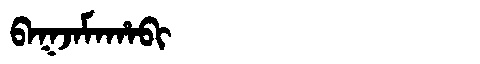
Manchu: ᠪᠠᡴᠵᠠᠮᠠᡥᠠᠪᡳ
Romanization: BAKJAMAHABI